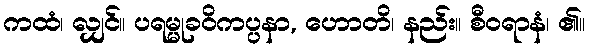
ကထံ၊ လျှင်။ ပရမ္မုခဝိကပ္ပနာ, ဟောတိ၊ နည်း။ စီဝရာနံ၊ ၏။